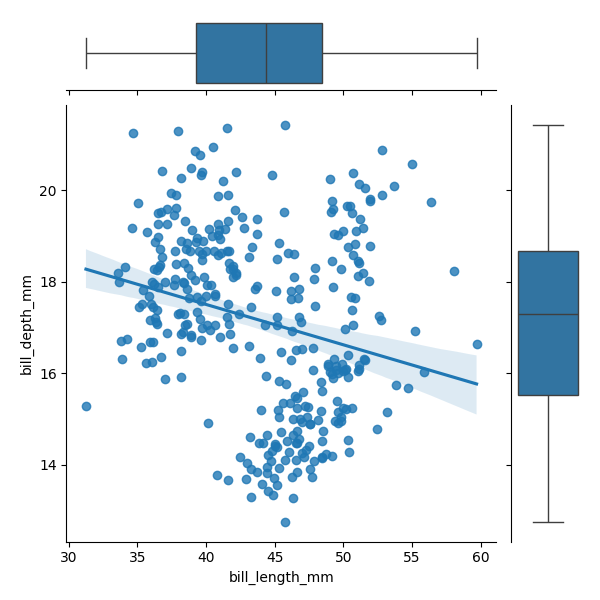
python, seaborn, JointGrid, regplot, boxplot